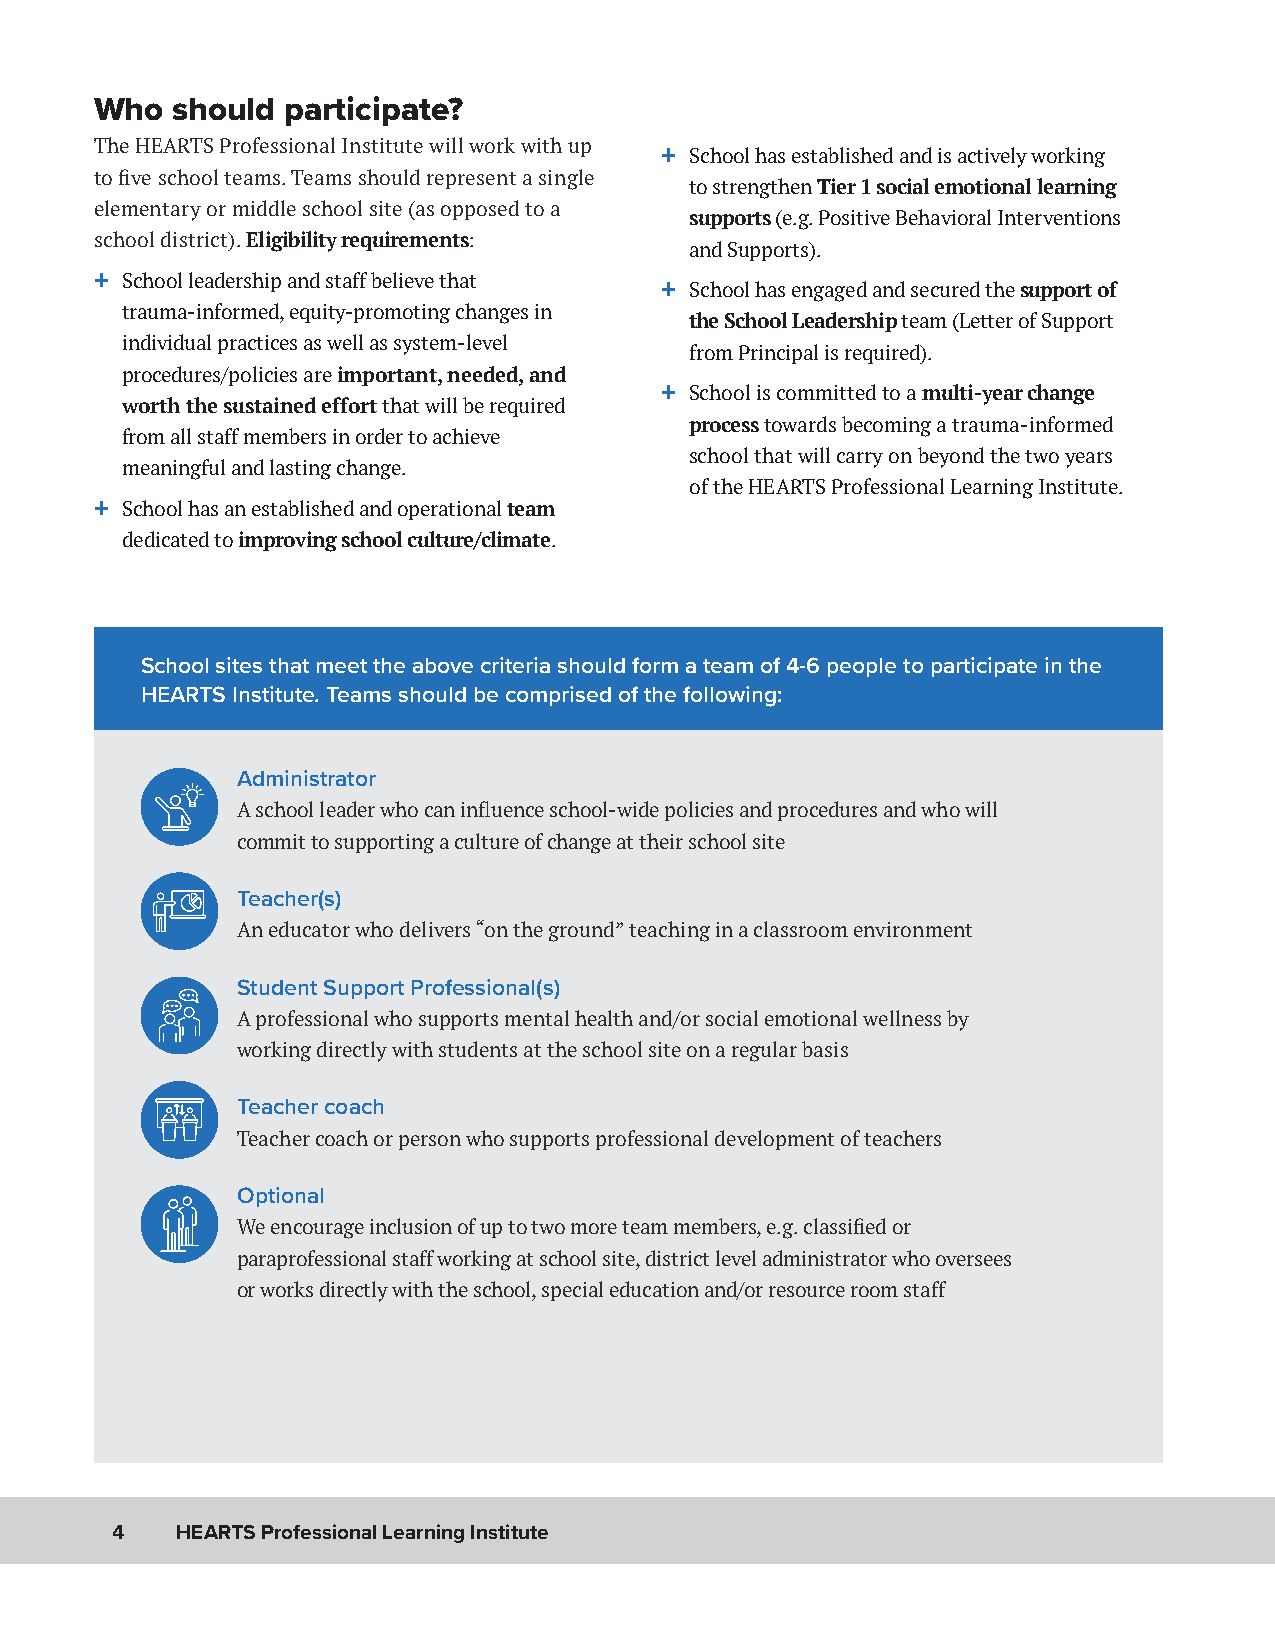
Who  should  participate?
 The HEARTS Professional Institute will work with up
 + School has established and is actively working
 to five school teams. Teams should represent a single
 to strengthen Tier 1 social emotional learning
 elementary or middle school site (as opposed to a
 supports (e.g. Positive Behavioral Interventions
 school district). Eligibility requirements:
 and Supports).
 + School leadership and staff believe that
 + School has engaged and secured the support of
 trauma-informed, equity-promoting changes in
 the School Leadership team (Letter of Support
 individual practices as well as system-level
 from Principal is required).
 procedures/policies are important, needed, and
 + School is committed to a multi-year change
 worth the sustained effort that will be required
 process towards becoming a trauma-informed
 from all staff members in order to achieve
 school that will carry on beyond the two years
 meaningful and lasting change.
 of the HEARTS Professional Learning Institute.
 + School has an established and operational team
 dedicated to improving school culture/climate.
 School sites that meet the above criteria should form a team of 4-6 people to participate in the
 HEARTS Institute. Teams should be comprised of the following:
 Administrator
 A school leader who can influence school-wide policies and procedures and who will
 commit to supporting a culture of change at their school site
 Teacher(s)
 An educator who delivers “on the ground” teaching in a classroom environment
 Student Support Professional(s)
 A professional who supports mental health and/or social emotional wellness by
 working directly with students at the school site on a regular basis
 Teacher coach
 Teacher coach or person who supports professional development of teachers
 Optional
 We encourage inclusion of up to two more team members, e.g. classified or
 paraprofessional staff working at school site, district level administrator who oversees
 or works directly with the school, special education and/or resource room staff
 4    HEARTS Professional Learning Institute